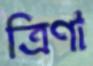
ত্রিণা